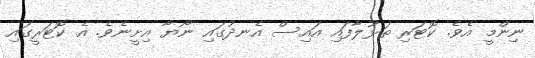
ނިންމީ އެވެ. ކޮޓަރި ތަޅުލާފައި އައިސް އެނދުގައި ނޯޔާ އިށީނެވެ. އެ ކޮޓަރީގައި